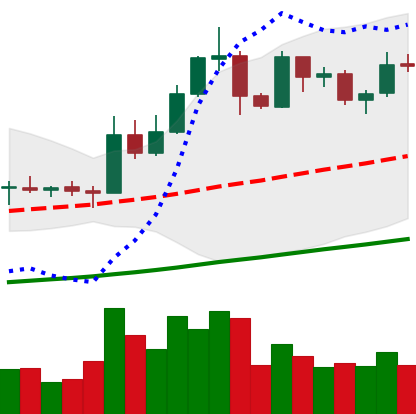
Ticker: EOS-USD
Chart end date: 2019-05-25
Forward return: 15.344%
Label: up_7plus